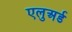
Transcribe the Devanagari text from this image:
एलुअर्ड